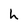
Character: h